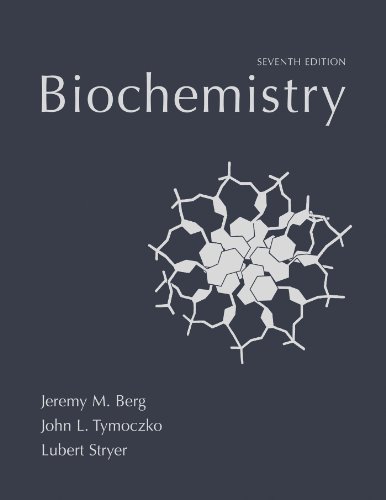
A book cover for Biochemistry, Seventh Edition; Jeremy M. Berg; Engineering & Transportation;